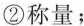
②称量；